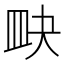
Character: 𥁍